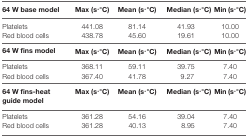
| 64 W base model | Max (s·°C) | Mean (s·°C) | Median (s·°C) | Min (s·°C) |
 | --- | --- | --- | --- | --- |
 | Platelets | 441.08 | 81.14 | 41.93 | 10.00 |
 | Red blood cells | 438.78 | 45.60 | 19.61 | 10.00 |
 | 64 W fins model | Max (s·°C) | Mean (s·°C) | Median (s·°C) | Min (s·°C) |
 | Platelets | 368.11 | 59.11 | 39.75 | 7.40 |
 | Red blood cells | 367.40 | 41.78 | 9.27 | 7.40 |
 | 64 W fins-heat guide model | Max (s·°C) | Mean (s·°C) | Median (s·°C) | Min (s·°C) |
 | Platelets | 361.28 | 54.16 | 39.04 | 7.40 |
 | Red blood cells | 361.28 | 40.13 | 8.95 | 7.40 |